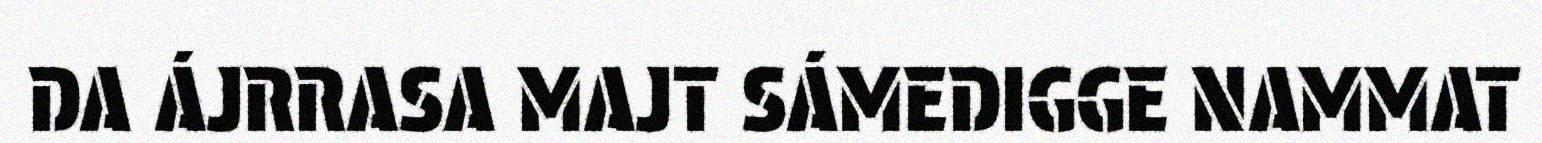
DA ÁJRRASA MAJT SÁMEDIGGE NAMMAT